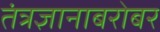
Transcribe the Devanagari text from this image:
तंत्रज्ञानाबरोबर